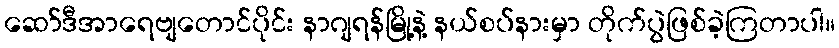
ဆော်ဒီအာရေဗျတောင်ပိုင်း နာဂျရန်မြို့နဲ့ နယ်စပ်နားမှာ တိုက်ပွဲဖြစ်ခဲ့ကြတာပါ။